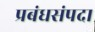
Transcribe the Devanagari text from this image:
प्रबंधसंपदा